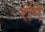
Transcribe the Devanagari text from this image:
रोंगे